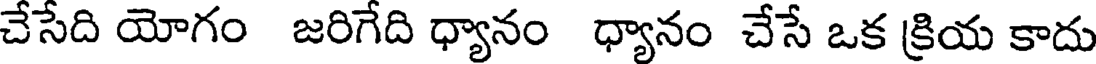
చేసేది యోగం జరిగేది ధ్యానం ధ్యానం చేసే ఒక క్రియ కాదు